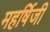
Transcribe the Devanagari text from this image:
महर्षिजी